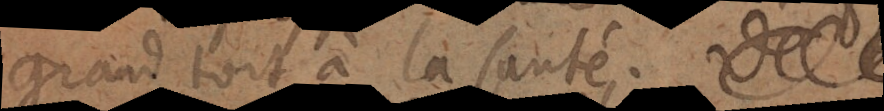
grand tort à la santé.